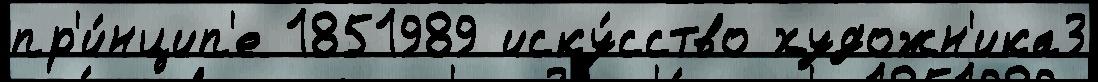
пр'и́нцип'е 1851989 иску́сство художн'ика3